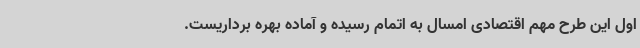
اول این طرح مهم اقتصادی امسال به اتمام رسیده و آماده بهره برداریست.